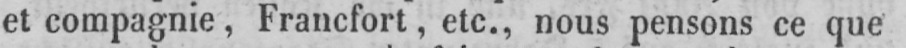
et compagnie, Francfort, etc., nous pensons ce que